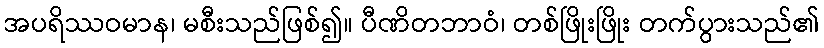
အပရိဿဝမာန၊ မစီးသည်ဖြစ်၍။ ပီဏိတဘာဝံ၊ တစ်ဖြိုးဖြိုး တက်ပွားသည်၏